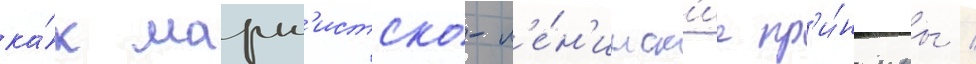
ка́к маркс'истско-л'е́н'инск'ие пр'и́нципы /